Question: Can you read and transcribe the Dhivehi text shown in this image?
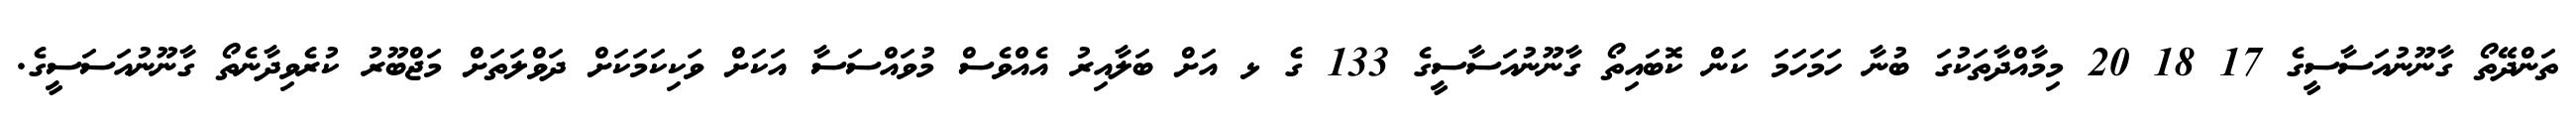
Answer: ތަންދޭތޯ ގާނޫނުއަސާސީގެ 17 18 20 މިމާއްދާތަކުގަ ބުނާ ހަމަހަމަ ކަން ކޮބައިތޯ ގާނޫނުއަސާސީގެ 133 ގެ ޅ އަށް ބަލާއިރު އެއްވެސް މުވައްސަސާ އަކަށް ވަކިކަމަކަށް ދަވްލަތަށް މަޖްބޫރު ކުރެވިދާނެތޯ ގާނޫނުއަސަސީގެ.